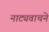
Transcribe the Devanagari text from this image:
नाट्यवाचने